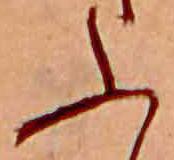
ふ